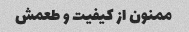
ممنون از کیفیت و طعمش